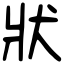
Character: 狀